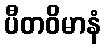
ပီတဝိမာနံ